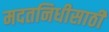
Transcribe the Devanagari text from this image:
मदतनिधीसाठी